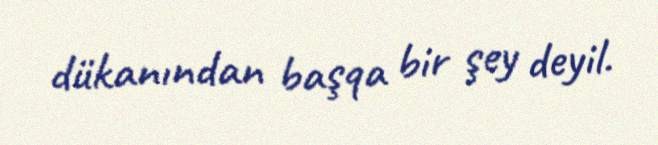
dükanından başqa bir şey deyil.